Production of alkali in liquid media by the Bacillus pestis - Number 33
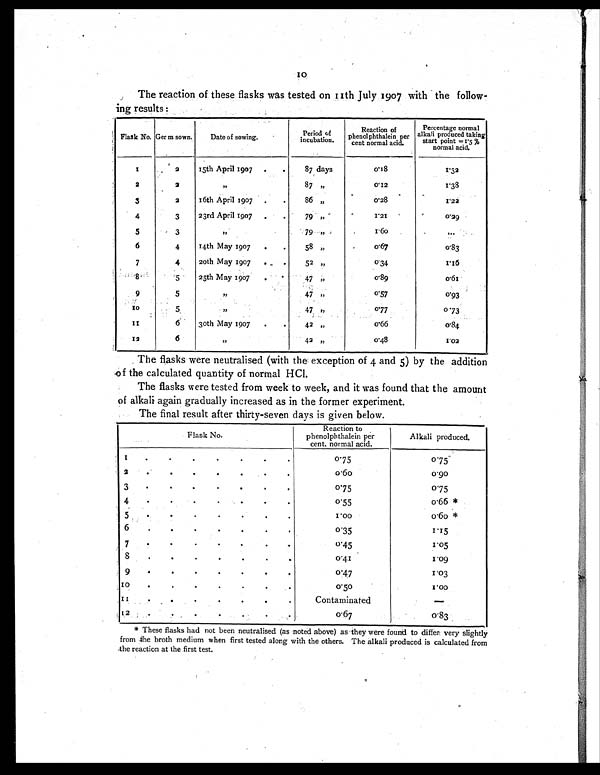
10
The reaction of these flasks was tested on 11th July 1907 with the follow-
ing results:
Flask No. Ger m sown.
Date of sowing.
Period of
incubation.
Reaction of
phenolphthalein per
cent normal acid
.
Percentage normal
alkali produced taking
start point
=1.5% normal acid.
1 2
15th April 1907 .
.
87 days
0.18
1.32
2
2
„
87 „
0.12
1.38
3
2
16th April 1907 .
.
86 „
0.28
1.22
4
3
23rd April 1907 .
.
79 „
1.21
0.29
5
3 „
79 „
1 . 6 0
...
6
4
14th May 1907 .
.
58 „
0.67
0.83
7
4
20th May 1907 .
.
52 „
0.34
1.16
8
5
25th May 1907 .
.
47 „
0.89
0.61
9
5
„
47 ,,
0.57
0.93
10
5
„
47 ,,
0.77
0.73
1 1
6
30th May 1907 .
.
42 „
0 . 6 6
0.84
12
6 „
42 „
0 . 4 8
1.02
The flasks were neutralised (with the exception of 4 and 5) by the addition
of the calculated quantity of normal HCI.
The flasks were tested from week to week, and it was found that the amount
of alkali again gradually increased as in the former experiment.
The final result after thirty-seven days is given below.
Flask No.
Reaction to
phenolphthalein per
cent. normal acid.
Alkali produced.
1
.
. .
.
.
.
.
0.75
0.75
2
. .
.
.
.
.
.
0 . 6 0
0 . 9 0
3
.
.
.
.
.
.
.
0 . 7 5
0.75
4
.
.
.
.
.
.
.
0.55
0.66*
5
.
.
.
.
.
.
.
1 . 0 0
0.60*
6
.
.
. .
.
.
.
0 . 3 5
1.15
7
.
.
.
.
.
.
.
0.45
1.05
8
.
.
.
. .
.
.
0.41
1.09
9
.
.
.
.
.
.
.
0.47
1.03
10
.
.
. .
.
.
.
0.50
1.00
1 1
. .
.
.
.
.
.
Contaminated
—
12 .
.
.
.
.
.
.
0.67
0.83
* These flasks had not been neutralised (as noted above) as they were found to differ very slightly
from the broth medium when first tested along with the others. The alkali produced is calculated from
the reaction at the first test.